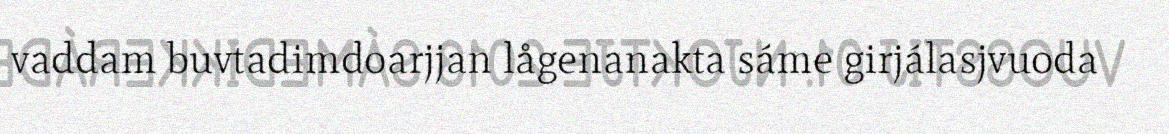
vaddam buvtadimdoarjjan lågenanakta sáme girjálasjvuoda